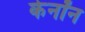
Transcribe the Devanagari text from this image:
केनॉन